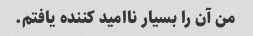
من آن را بسیار ناامید کننده یافتم.